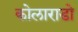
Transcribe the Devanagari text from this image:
कोलाराडो